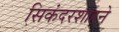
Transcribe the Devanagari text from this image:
सिकंदरशाहने